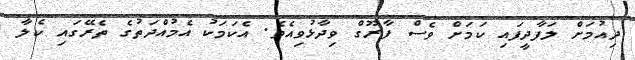
ދިއުމަށް ލަފާދީފައި ކަމަށް ވެސް ފާރޫގް ވިދާޅުވިއެވެ. އެކަމަކު އެމުއްދަތުގެ ތެރޭގައި ކެލާ